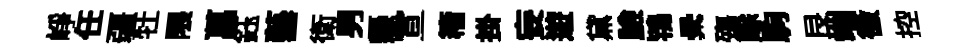
峥任疆牡隈菖鈺藝衛男懸宣籕掛妄遊黛臉鴇纍殤賖駒艮端徼控